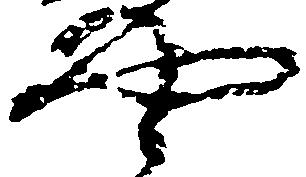
や